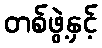
တစ်ဖွဲ့နှင့်